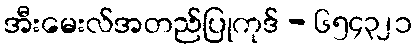
အီးမေးလ်အတည်ပြုကုဒ် - ၆၅၄၃၂၁